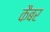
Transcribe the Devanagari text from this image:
कैबर